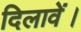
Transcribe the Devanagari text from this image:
दिलावें।